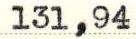
131,94